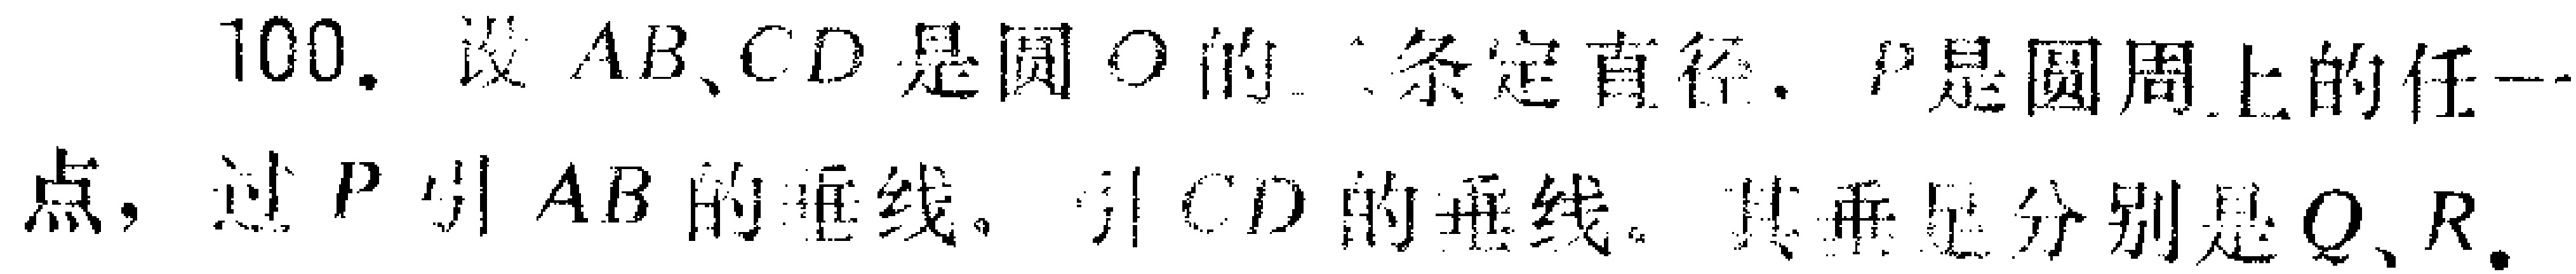
100. 设 \(AB、CD\) 是圆 \(O\) 的两条定直径，\(P\) 是圆周上的任一点，过 \(P\) 引 \(AB\) 的垂线，引 \(CD\) 的垂线，其垂足分别是 \(Q、R\)。